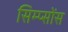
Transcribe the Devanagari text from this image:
सिम्प्सोंस